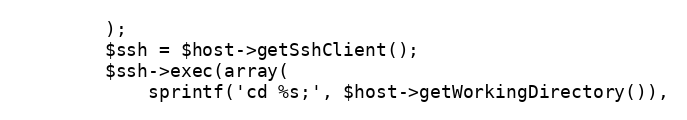
Language: PHP
        );
        $ssh = $host->getSshClient();
        $ssh->exec(array(
            sprintf('cd %s;', $host->getWorkingDirectory()),